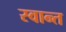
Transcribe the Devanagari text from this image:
स्वान्त